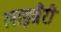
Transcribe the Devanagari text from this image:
लाइब्रैरी